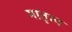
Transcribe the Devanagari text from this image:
मातृत्त्व